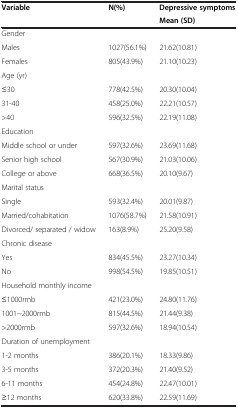
<table><thead><tr><td rowspan="2"><b>Variable</b></td><td rowspan="2"><b>N(%)</b></td><td><b>Depressive symptoms</b></td></tr><tr><td><b>Mean (SD)</b></td></tr></thead><tbody><tr><td>Gender</td><td> </td><td> </td></tr><tr><td>Males</td><td>1027(56.1%)</td><td>21.62(10.81)</td></tr><tr><td>Females</td><td>805(43.9%)</td><td>21.10(10.23)</td></tr><tr><td>Age (yr)</td><td> </td><td> </td></tr><tr><td>≤30</td><td>778(42.5%)</td><td>20.30(10.04)</td></tr><tr><td>31-40</td><td>458(25.0%)</td><td>22.21(10.57)</td></tr><tr><td>&gt;40</td><td>596(32.5%)</td><td>22.19(11.08)</td></tr><tr><td>Education</td><td> </td><td> </td></tr><tr><td>Middle school or under</td><td>597(32.6%)</td><td>23.69(11.68)</td></tr><tr><td>Senior high school</td><td>567(30.9%)</td><td>21.03(10.06)</td></tr><tr><td>College or above</td><td>668(36.5%)</td><td>20.10(9.67)</td></tr><tr><td>Marital status</td><td> </td><td> </td></tr><tr><td>Single</td><td>593(32.4%)</td><td>20.01(9.87)</td></tr><tr><td>Married/cohabitation</td><td>1076(58.7%)</td><td>21.58(10.91)</td></tr><tr><td>Divorced/ separated / widow</td><td>163(8.9%)</td><td>25.20(9.58)</td></tr><tr><td>Chronic disease</td><td> </td><td> </td></tr><tr><td>Yes</td><td>834(45.5%)</td><td>23.27(10.34)</td></tr><tr><td>No</td><td>998(54.5%)</td><td>19.85(10.51)</td></tr><tr><td>Household monthly income</td><td> </td><td> </td></tr><tr><td>≤1000rmb</td><td>421(23.0%)</td><td>24.80(11.76)</td></tr><tr><td>1001~2000rmb</td><td>815(44.5%)</td><td>21.44(9.38)</td></tr><tr><td>&gt;2000rmb</td><td>597(32.6%)</td><td>18.94(10.54)</td></tr><tr><td>Duration of unemployment</td><td> </td><td> </td></tr><tr><td>1-2 months</td><td>386(20.1%)</td><td>18.33(9.86)</td></tr><tr><td>3-5 months</td><td>372(20.3%)</td><td>21.40(9.52)</td></tr><tr><td>6-11 months</td><td>454(24.8%)</td><td>22.47(10.01)</td></tr><tr><td>≥12 months</td><td>620(33.8%)</td><td>22.59(11.69)</td></tr></tbody></table>